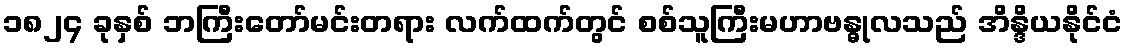
၁၈၂၄ ခုနှစ် ဘကြီးတော်မင်းတရား လက်ထက်တွင် စစ်သူကြီးမဟာဗန္ဓုလသည် အိန္ဒိယနိုင်ငံ